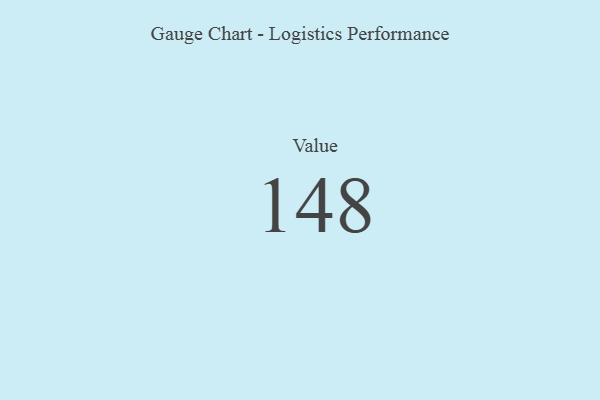
{"axis": {"x": "Metric", "y": "Value"}, "legend": [""], "data": [{"x": "Value", "y": 148, "type": ""}]}